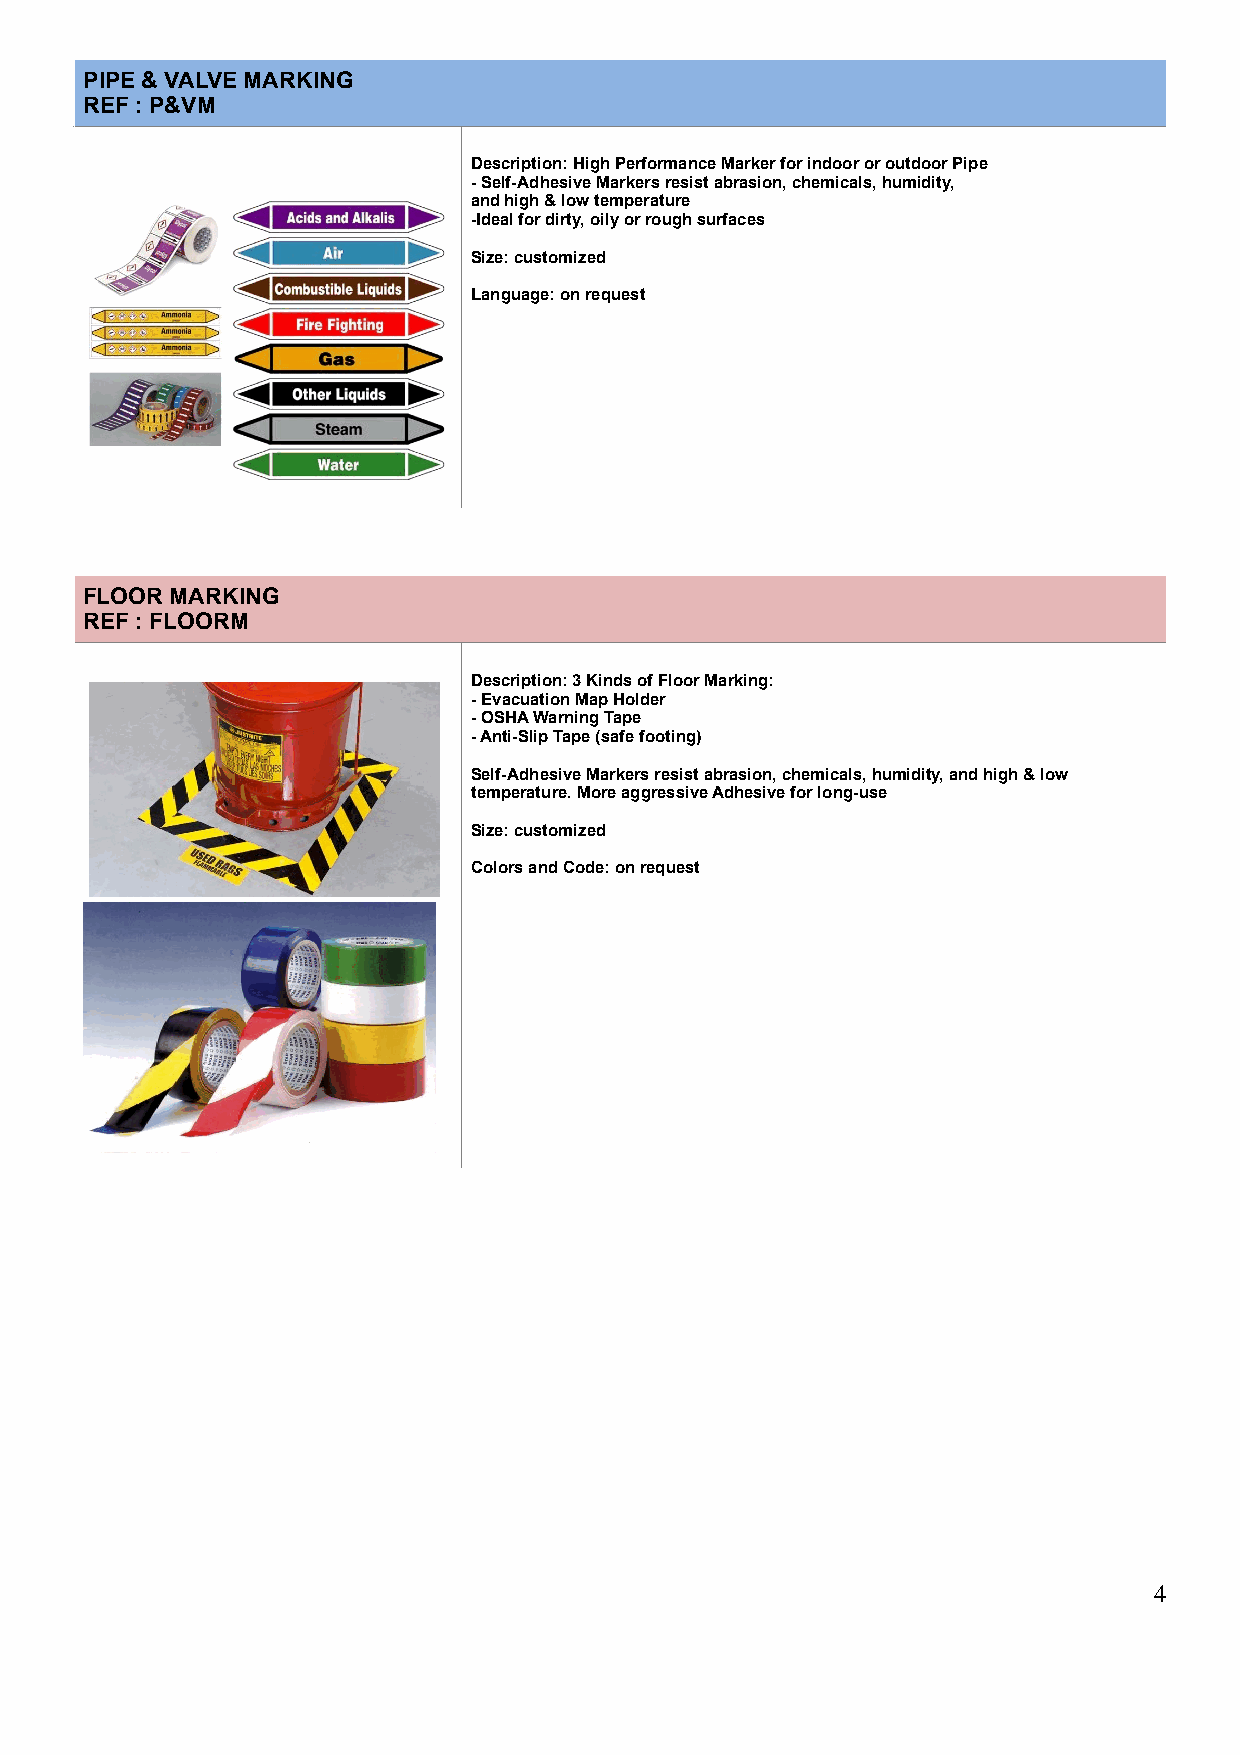
PIPE & VALVE MARKING
 REF : P&VM
 Description: High Performance Marker for indoor or outdoor Pipe
 - Self-Adhesive Markers resist abrasion, chemicals, humidity,
 and high & low temperature
 -Ideal for dirty, oily or rough surfaces
 Size: customized
 Language: on request
 !
 FLOOR MARKING
 REF : FLOORM
 Description: 3 Kinds of Floor Marking:
 - Evacuation Map Holder
 - OSHA Warning Tape
 - Anti-Slip Tape (safe footing)
 Self-Adhesive Markers resist abrasion, chemicals, humidity, and high & low
 temperature. More aggressive Adhesive for long-use
 Size: customized
 Colors and Code: on request
 !
 !
 !4